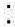
: